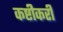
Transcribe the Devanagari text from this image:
कष्टीकरी